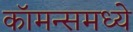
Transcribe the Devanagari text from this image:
कॉमन्समध्ये